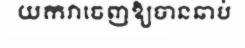
យកវាចេញឱ្យបានឆាប់